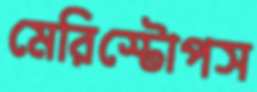
মেরিস্টোপস